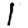
Digit: 1